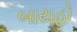
બાયહો